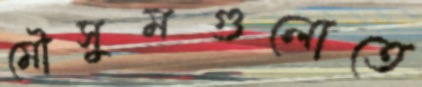
মৌসুমগুলোতে